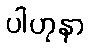
ပါဟုနာ